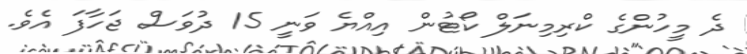
ދެ މީހުންގެ ކްރިމިނަލް ކޯޓުން އިއްޔެ ވަނީ 15 ދުވަސް ޖަހާފަ އެވެ.